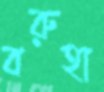
বরুহা